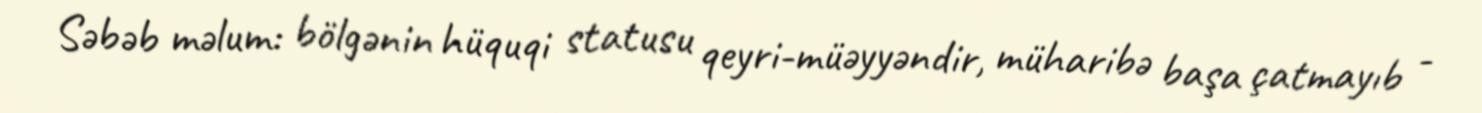
Səbəb məlum: bölgənin hüquqi statusu qeyri-müəyyəndir, müharibə başa çatmayıb -